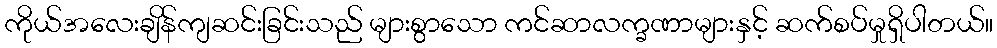
ကိုယ်အလေးချိန်ကျဆင်းခြင်းသည် များစွာသော ကင်ဆာလက္ခဏာများနှင့် ဆက်စပ်မှုရှိပါတယ်။